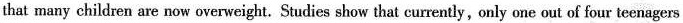
that many children are now overweight. Studies show that currently, only one out of four teenagers